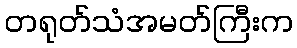
တရုတ်သံအမတ်ကြီးက